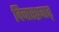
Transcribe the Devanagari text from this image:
विचारप्रवाह्